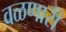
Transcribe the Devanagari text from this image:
वळणारी